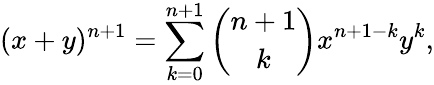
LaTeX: (x+y)^{n+1}=\sum_{k=0}^{n+1}{\binom{n+1}{k}}x^{n+1-k}y^{k},